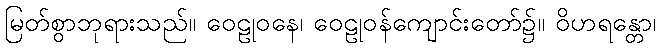
မြတ်စွာဘုရားသည်။ ဝေဠုဝနေ၊ ဝေဠုဝန်ကျောင်းတော်၌။ ဝိဟရန္တော၊